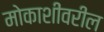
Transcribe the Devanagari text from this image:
मोकाशींवरील